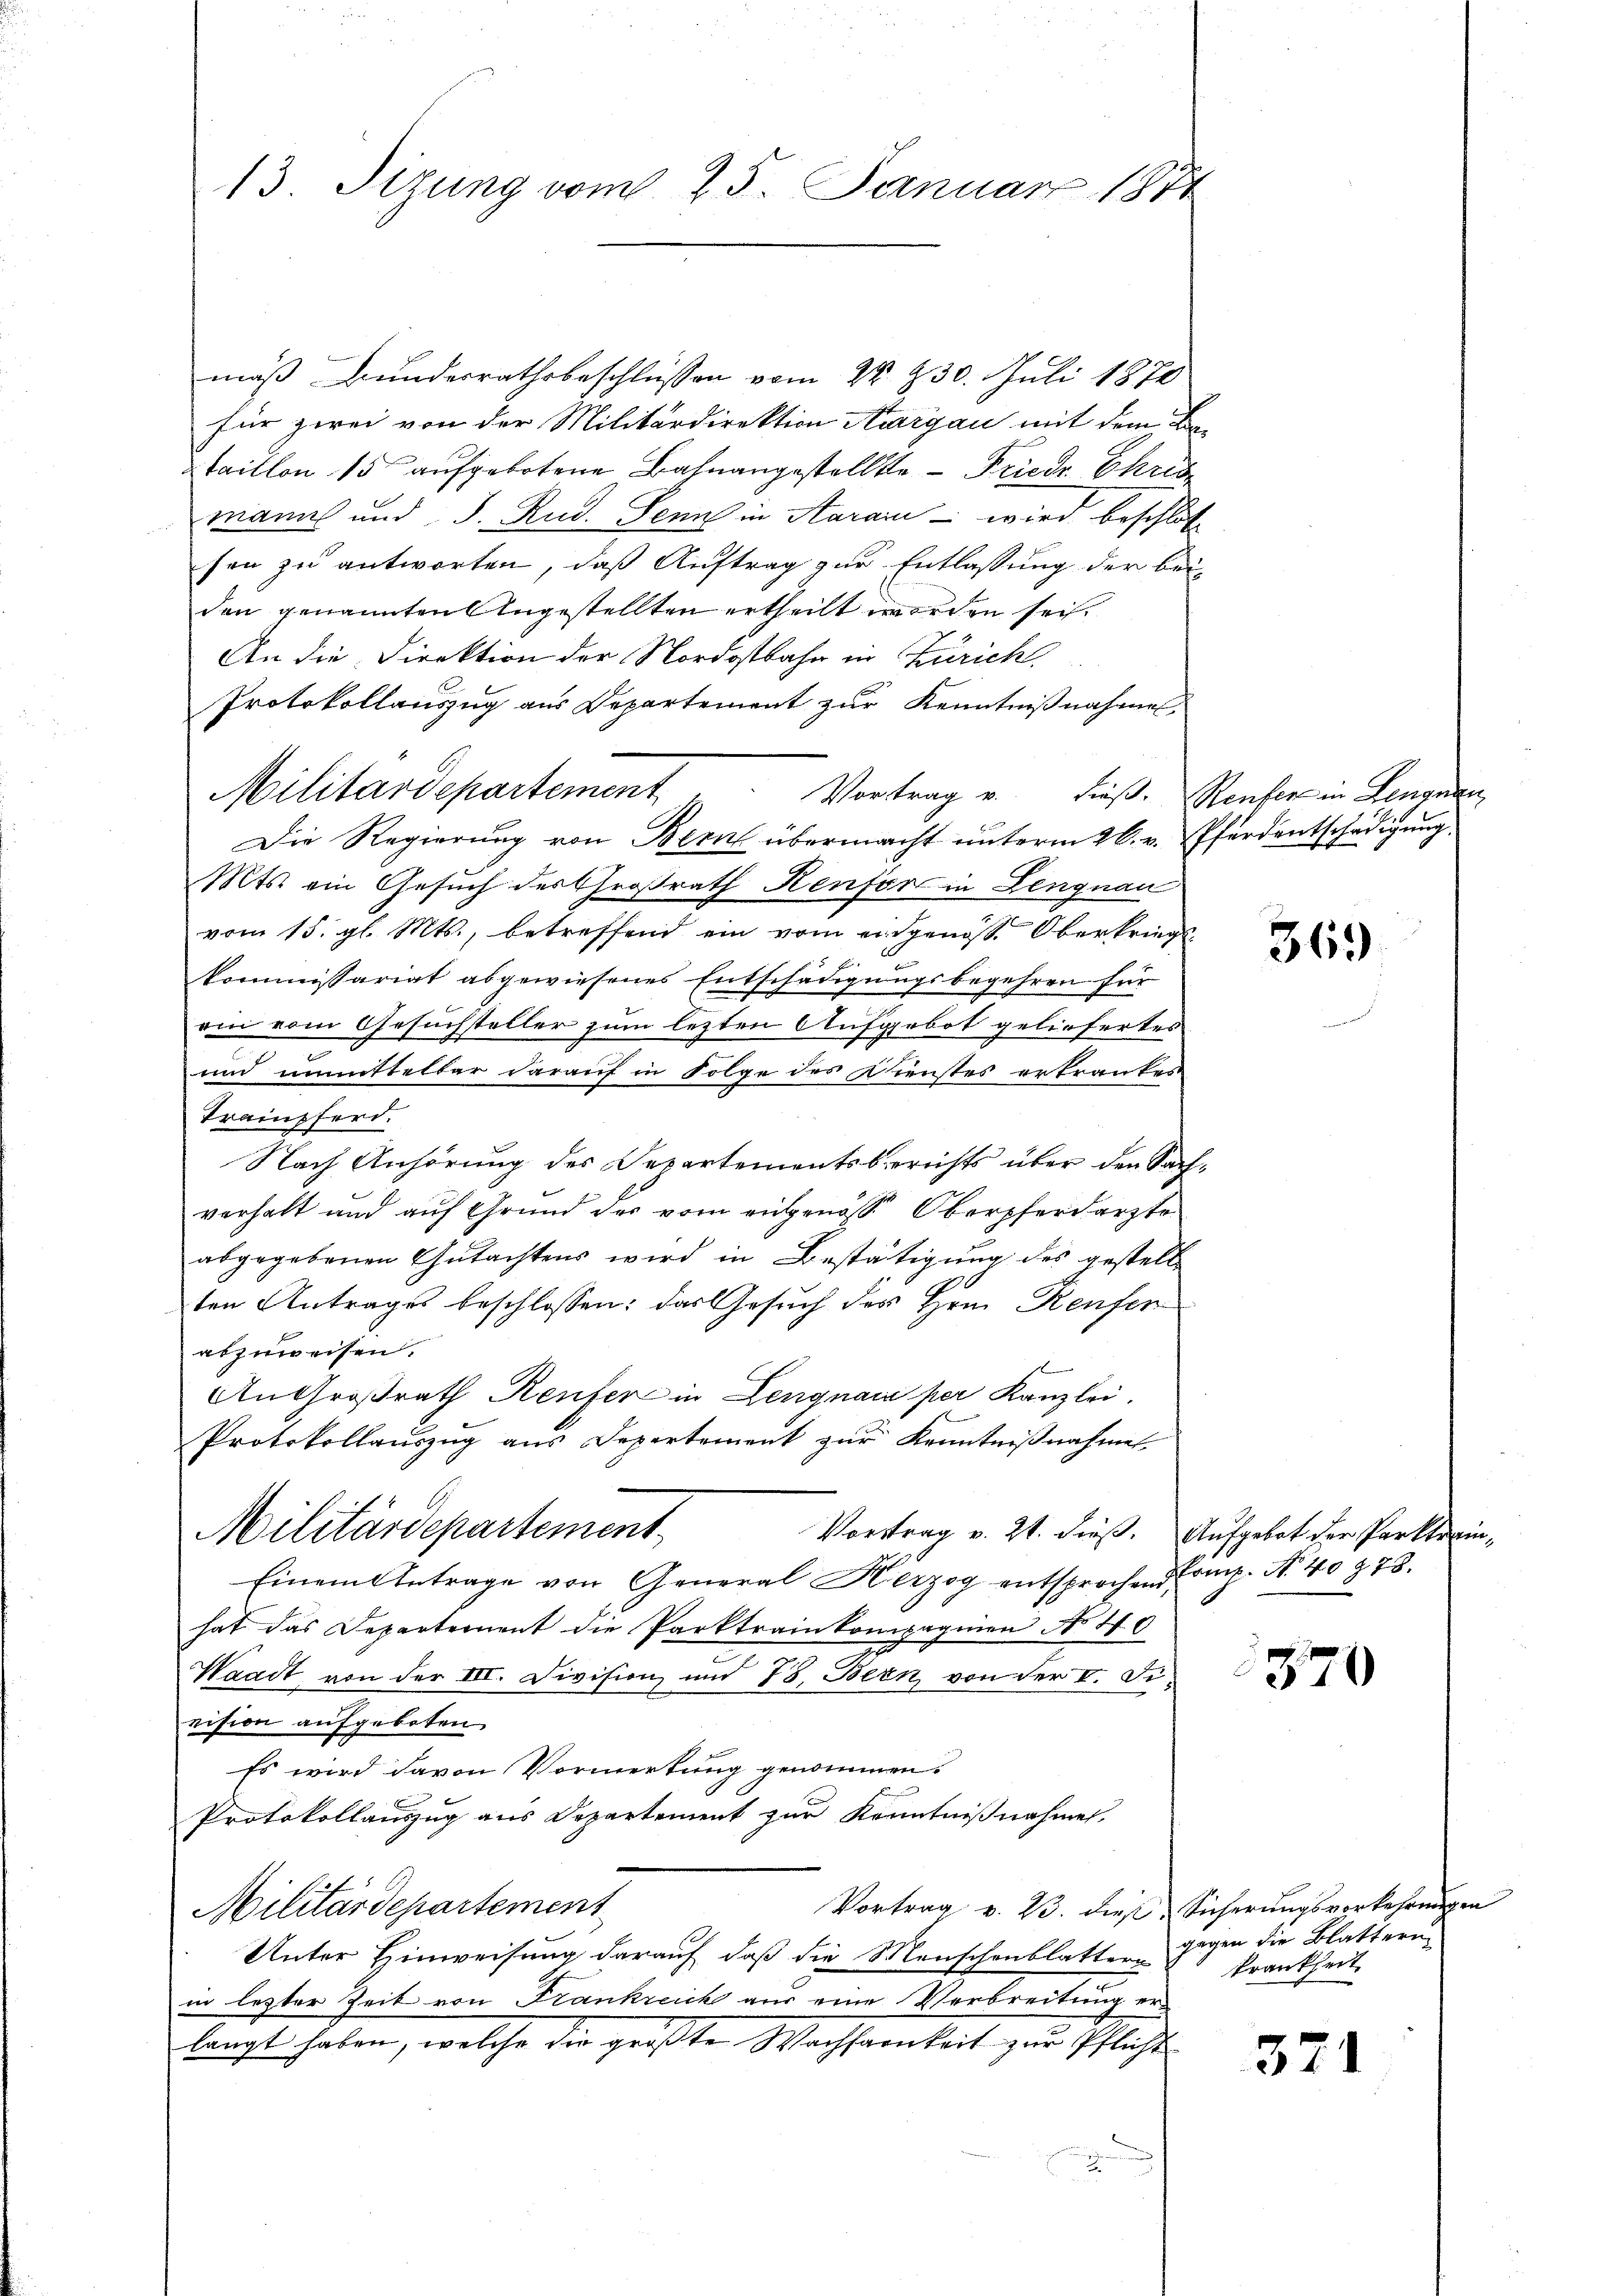
13. Sizung vom 25. Januar 1871

mäß Bunderrathsbeschlüssen vom 22. 230. Juli 1870
für zwei von der Militärdirektion Aargau mit dem Bo-
taillon 15 aufgebotene Bahnangestellte - Friedr. Chris
manns und J. Rud. Senn in Karain - wird beschloße
sen zu antworten, daß Auftrag zur Entlassung der beiden genannten Angestellten ertheilt worden sei.
An die Direktion der Nordostbahn in Zürich.
Protokollauszug aus Departement zur Kenntnißnahmen
Militärdepartement
Vortrag u. Fuß. Reufer in Leugnen
Die Regierung von Bern übermacht unterm 26. v. Pferdentschädigung
Mts. ein Gesuch des Großrath Kenfor in Lengnau
vom 15. gl. Mts., betreffend ein vom eidgenöss. Oberkriegskommissariat abgewiesenes Entschädigungsbegehren für
rin vom Gesuchsteller zum lezten Aufgebot geliefertes
n
und unmittelbar darauf in Folge des Dienstes erkrankes
Trämpferd.
Nach Anhörung des Departementsberichts über den Sachverhalt und auf Grund des vom eidgenöss Oberpferdarzte
abgegebenen Gutachtens wird in Bestätigung des gestell
ten Antrages beschlossen: das Gesuch des Hrn. Reufer
abzuweisen.
An Großrath Reufer in Lengnau per Kanzlei.
Protokollauszug aus Departement zur Kenntnißnahme
Militärdepartement
Vortrag v. 21. dieß. Aufgebot der Parktrin¬
Einem Antrage von General Herzog entsprochen Comp. N. 40 § 73.
hat das Departement die Parktrainkompagnien No 40
Waadt von der III. Division und 78. Bern von der V. Fivision aufgeboten
Es wird davon Vormerkung genommen.
Protokollauszug aus Departement zur Kenntnißnahmen,
Vortrag v. 23. dies Sicherungsverkehrung
Militärdepartement
Unter Hinweisung darauf, daß die Menschenblattern gegen die Blattern
in lezter Zeit von Frankreich aus eine Verbreitung er
langt haben, welche der größte Wachsenheit zur Pflichte

369

1370

krankheit.

371